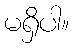
မရှိပါ။